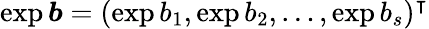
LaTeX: \exp\boldsymbol{b}=(\exp b_{1},\exp b_{2},\dots,\exp b_{s})^{\intercal}